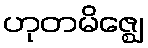
ဟုတမိဇ္ဈေ